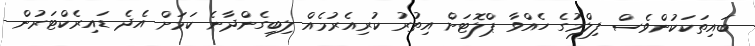
ބައިތަކަކުންވެސް ފިލްމުގެ ހެއްވާ ޕްލޮޓަށް އިތުރު ކުރިއެރުމެއް ލިބިގެންދާނެ ކަމަށް އެދެ ޑައިރެކްޓަރުން